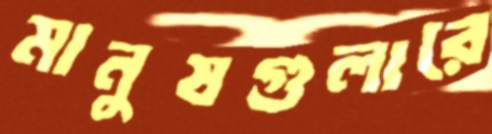
মানুষগুলারে